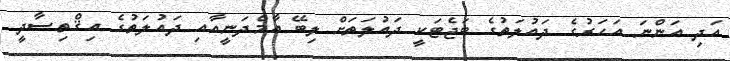
އަދި އަންނަ އަހަރުގެ ދައުލަތުގެ ބަޖެޓަކީ ދައުލަތަށް ލިބޭ އާމްދަނީއާއި ދައުލަތުގެ އިޤްތިޞާދީ